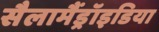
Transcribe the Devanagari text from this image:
सैलामैंड्रॉइडिया